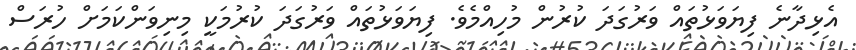
އެޅިދާނެ ފިޔަވަޅުތައް ވަރުގަދަ ކުރުން މުހިއްމެވެ. ފިޔަވަޅުތައް ވަރުގަދަ ކުރުމަކީ މިނިވަންކަމަށް ހުރަސް